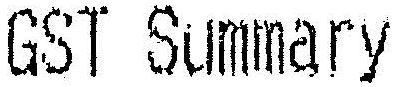
GST SUMMARY